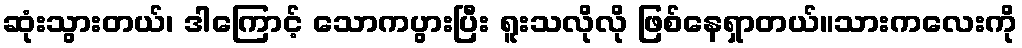
ဆုံးသွားတယ်၊ ဒါကြောင့် သောကပွားပြီး ရူးသလိုလို ဖြစ်နေရှာတယ်။သားကလေးကို